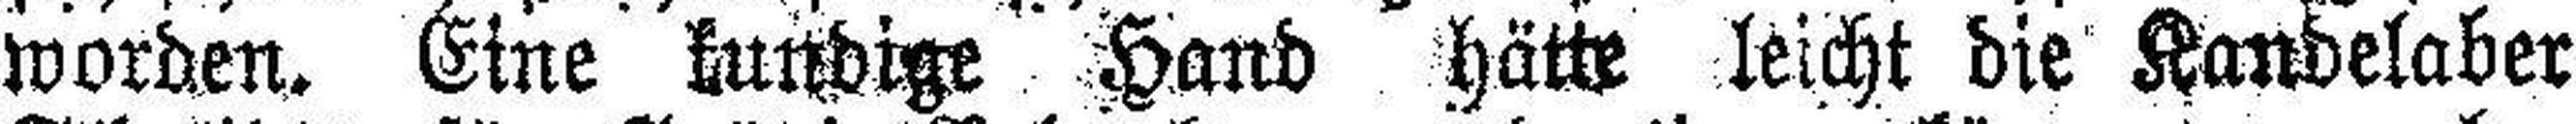
worden. Eine kundige Hand hätte leicht die Kandelaber